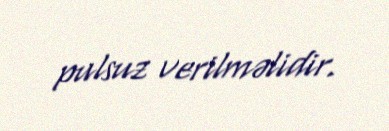
pulsuz verilməlidir.